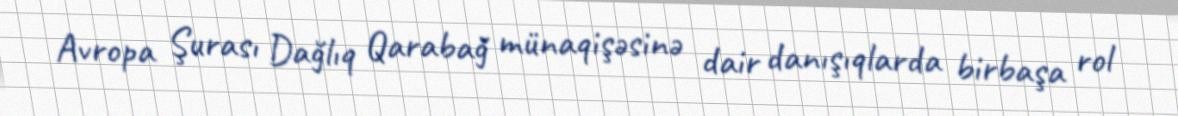
Avropa Şurası Dağlıq Qarabağ münaqişəsinə dair danışıqlarda birbaşa rol